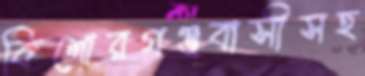
কিশোরগঞ্জবাসীসহ